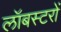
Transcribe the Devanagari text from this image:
लॉबस्टरों